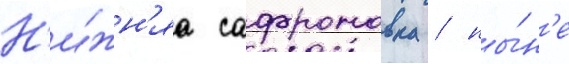
Н'и́жн'яа сафроновка / ны́н'е